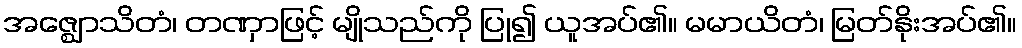
အဇ္ဈောသိတံ၊ တဏှာဖြင့် မျိုသည်ကို ပြု၍ ယူအပ်၏။ မမာယိတံ၊ မြတ်နိုးအပ်၏။